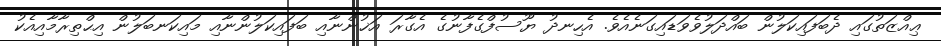
ޢިއްޒަތުގައި ދެބަފައިކަލުން ބައްދަލުވެވަޑައިގަނެއެވެ. އެހިނދު ޔޫސުފްގެފާނުގެ އެގާރަ އަޚުންނާއި ބަފައިކަލުންނާއި މައިކަނބަލުން އިޙްތިރާމާއިއެކު